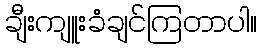
ချီးကျူးခံချင်ကြတာပါ။